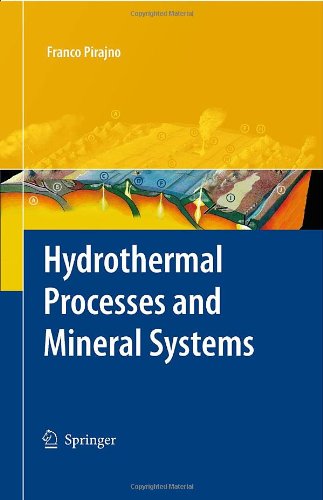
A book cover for Hydrothermal Processes and Mineral Systems; Franco Pirajno; Science & Math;